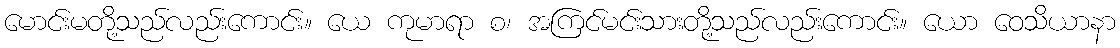
မောင်းမတို့သည်လည်းကောင်း။ ယေ ကုမာရာ စ၊ အကြင်မင်းသားတို့သည်လည်းကောင်း။ ယော ဝေသိယာနာ